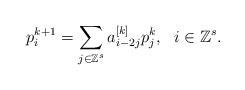
LaTeX: \begin{align*}p_i^{k+1} = \sum_{j \in \mathbb{Z}^s} a_{i-2j}^{[k]} p_j^k,\ \ i\in \mathbb{Z}^s.\end{align*}